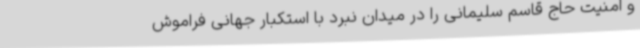
و امنیت حاج قاسم سلیمانی را در میدان نبرد با استکبار جهانی فراموش